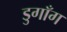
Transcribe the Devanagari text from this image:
डुगाँग